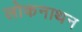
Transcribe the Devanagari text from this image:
लोकनाथन